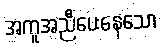
အကူအညီပေးနေသော